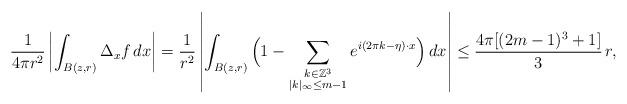
LaTeX: \begin{align*}\frac{1}{4\pi r^2}\left\vert \int_{B(z,r)}\Delta_x f\,dx\right\vert = \frac{1}{r^2}\left\vert \int_{B(z,r)} \Big(1-\sum_{\substack{k\in\mathbb{Z}^3\\|k|_\infty \leq m-1 }} e^{i(2\pi k-\eta)\cdot x}\Big)\,dx\right \vert \leq \frac{4\pi[(2m-1)^3+1]}{3}\,r,\end{align*}